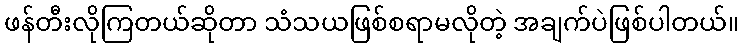
ဖန်တီးလိုကြတယ်ဆိုတာ သံသယဖြစ်စရာမလိုတဲ့ အချက်ပဲဖြစ်ပါတယ်။